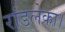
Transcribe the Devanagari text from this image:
रांडलेका।